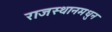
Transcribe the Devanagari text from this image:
राजस्थानमधुन